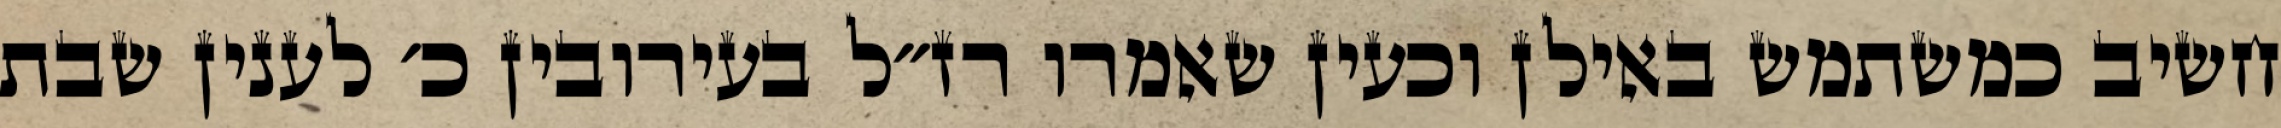
חשיב כמשתמש באילן וכעין שאמרו רז״ל בעירובין כ׳ לענין שבת